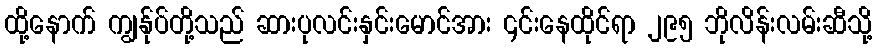
ထို့နောက် ကျွန်ုပ်တို့သည် ဆားပုလင်းနှင်းမောင်အား ၄င်းနေထိုင်ရာ ၂၉၅ ဘိုလိန်းလမ်းဆီသို့